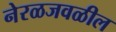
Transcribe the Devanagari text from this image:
नेरळजवळील